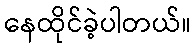
နေထိုင်ခဲ့ပါတယ်။